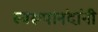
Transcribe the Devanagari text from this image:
स्वरूपानंदांनी